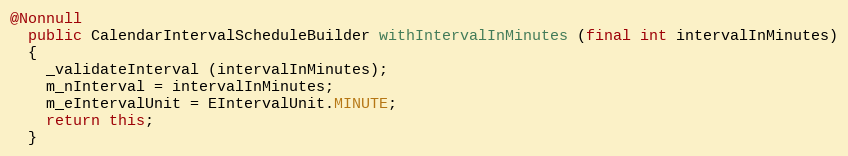
Language: Java
@Nonnull
  public CalendarIntervalScheduleBuilder withIntervalInMinutes (final int intervalInMinutes)
  {
    _validateInterval (intervalInMinutes);
    m_nInterval = intervalInMinutes;
    m_eIntervalUnit = EIntervalUnit.MINUTE;
    return this;
  }